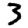
Digit: 3